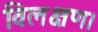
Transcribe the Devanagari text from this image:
विलक्षण।